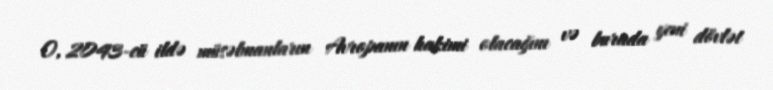
O, 2043-cü ildə müsəlmanların Avropanın hakimi olacağını və burada yeni dövlət